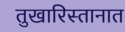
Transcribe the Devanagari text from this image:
तुखारिस्तानात